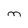
Character: m